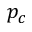
p _ { c }